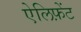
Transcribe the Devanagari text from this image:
ऐलिफ़ेंट